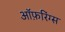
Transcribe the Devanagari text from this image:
ऑफ़रिंग्स